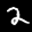
Label: 2